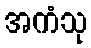
အကံသု